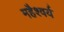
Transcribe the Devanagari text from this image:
महैश्वर्य